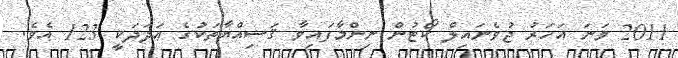
2011 ވަނަ އަހަރު ޖުވެނައިލް ކޯޓުން ނިންމާފައިވާ ޤަޟިއްޔާތަކުގެ ޢަދަދަކީ 123 އެވެ.